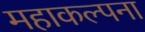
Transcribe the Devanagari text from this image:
महाकल्पना